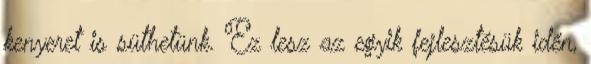
kenyeret is süthetünk. Ez lesz az egyik fejlesztésük idén,